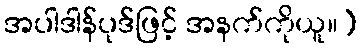
အပါဒါန်ပုဒ်ဖြင့် အနက်ကိုယူ။)